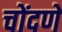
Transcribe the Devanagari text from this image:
चोंदणे